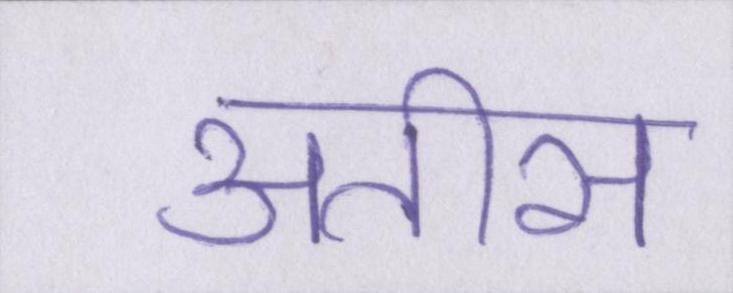
अतीस